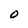
Character: 0